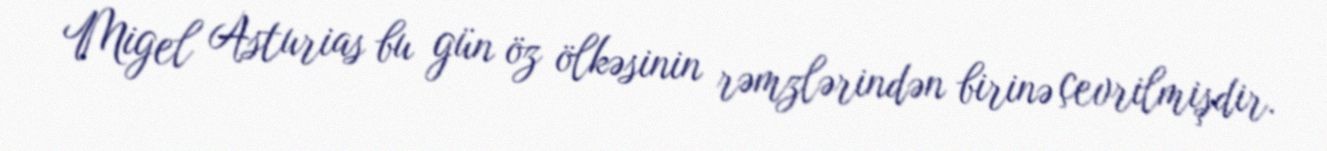
Migel Asturias bu gün öz ölkəsinin rəmzlərindən birinə çevrilmişdir.